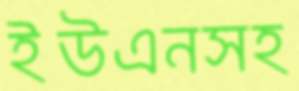
ইউএনসহ